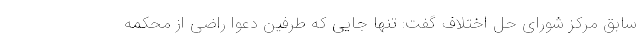
سابق مرکز شورای حل اختلاف گفت: تنها جایی که طرفین دعوا راضی از محکمه